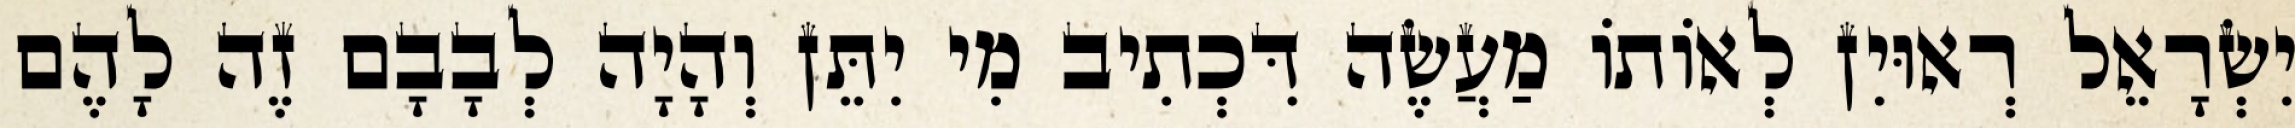
יִשְׂרָאֵל רְאוּיִן לְאוֹתוֹ מַעֲשֶׂה דִּכְתִיב מִי יִתֵּן וְהָיָה לְבָבָם זֶה לָהֶם